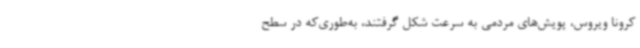
کرونا ویروس، پویش‌های مردمی به سرعت شکل گرفتند، به‌طوری‌که در سطح